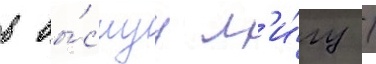
в вы́сшуу л'и́гу /